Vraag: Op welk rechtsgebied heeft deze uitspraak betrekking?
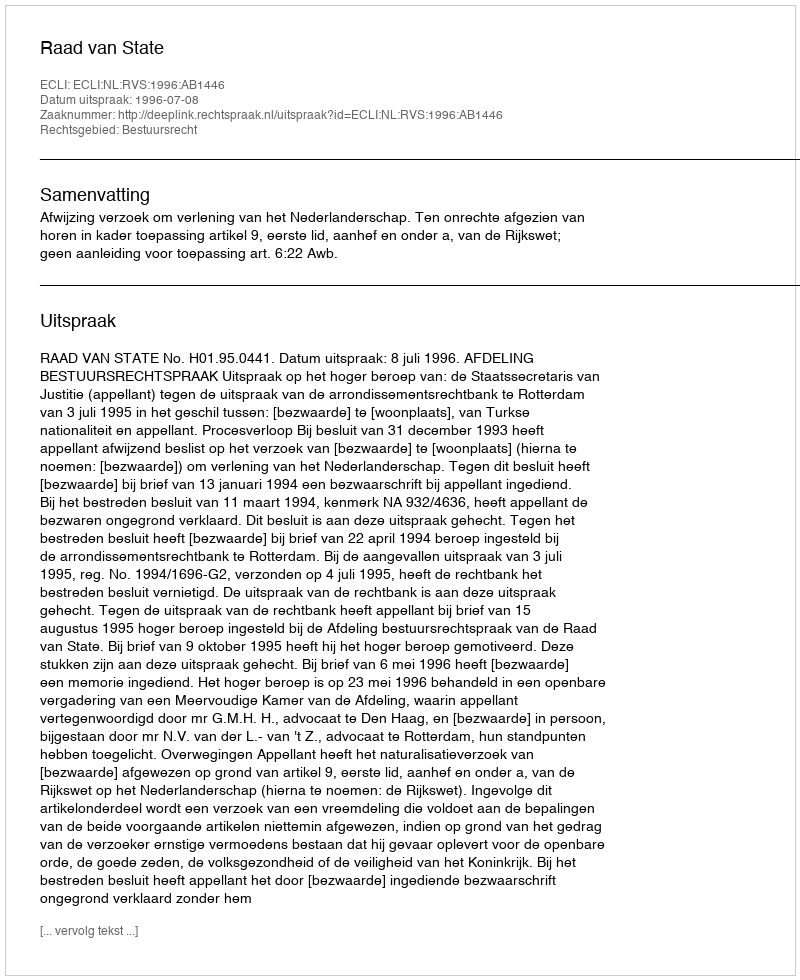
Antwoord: Bestuursrecht